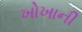
ખોખાની